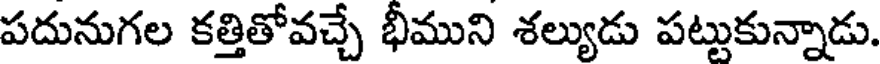
పదునుగల కత్తితోవచ్చే భీముని శల్యుడు పట్టుకున్నాడు.